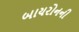
બાયરોનની